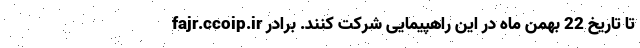
fajr.ccoip.ir تا تاریخ 22 بهمن ماه در این راهپیمایی شرکت کنند. برادر